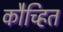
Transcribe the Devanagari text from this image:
कौच्हित